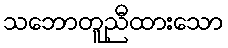
သဘောတူညီထားသော